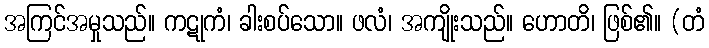
အကြင်အမှုသည်။ ကဋုကံ၊ ခါးစပ်သော။ ဖလံ၊ အကျိုးသည်။ ဟောတိ၊ ဖြစ်၏။ (တံ